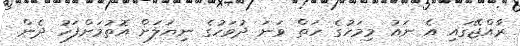
ރާއްޖޭގައި އެ ނައު މިމަހުގެ ހަތް ވަނަ ދުވަހުގެ ނިޔަލަށް އޮތުމަށްފަހު ދެން